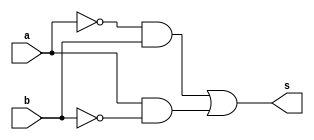
// -------------------------
// Exercicio006 - xor
// Nome: Guilherme Diniz de Assumpcao
// -------------------------

module xorgate (output s, input a, input b);
assign s = (~(a)&(b)) | ((a)&~(b));
endmodule

module testeXor;

wire s;
reg a, b;

xorgate XNO1 (s,a,b);

initial begin:start

a=0;
b=0;

end

initial begin:main
$display("Exercicio 006 - Guilherme Diniz de Assumpcao - 462269 ");
$display("Test xor:");
$monitor("%d\t%b xor %b = %b", $time, a, b, s);
#1 a = 0;b=1;
#1 a=1; b=0;
#2 a = 1;b=1;
end
endmodule